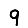
Digit: 9